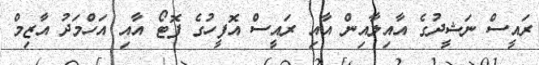
ރައީސް ނަޝީދުގެ އާއިލާއިން އާއި ރައީސް އޮފީހުގެ ފޮޓޯ އާއި އަހްމަދު އާޒިމް